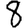
Digit: 8